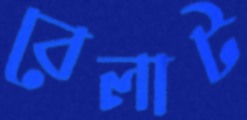
বেলাট